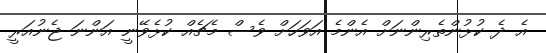
އެ ދެ ކުޅުންތެރިންނަށް އެންމެ އަވަހަށް ވެސް މެޗެއް ކުޅެވޭނީ އަންނަ ޖެނުއަރީ